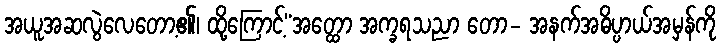
အယူအဆလွဲလေတော့၏၊ ထို့ကြောင့်“အတ္ထော အက္ခရသညာ တော- အနက်အဓိပ္ပာယ်အမှန်ကို